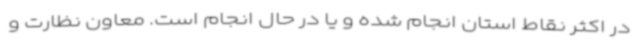
در اکثر نقاط استان انجام شده و یا در حال انجام است. معاون نظارت و